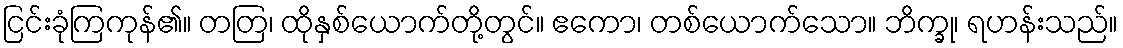
ငြင်းခုံကြကုန်၏။ တတြ၊ ထိုနှစ်ယောက်တို့တွင်။ ဧကော၊ တစ်ယောက်သော။ ဘိက္ခု၊ ရဟန်းသည်။